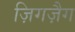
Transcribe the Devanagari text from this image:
ज़िगज़ैग